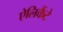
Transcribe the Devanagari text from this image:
ऐलिकैंटे